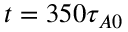
t = 3 5 0 \tau _ { A 0 }